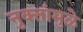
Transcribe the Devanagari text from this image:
नुक्तांमुळे